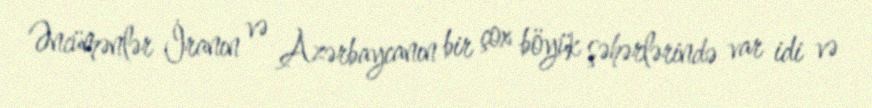
Əncümənlər İranın və Azərbaycanın bir çox böyük şəhərlərində var idi və